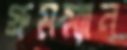
গ্রুমম্যান